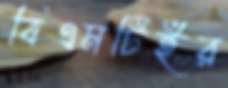
বিএমটিইর